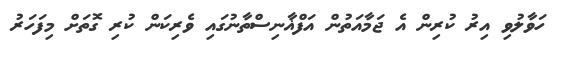
ހަވާލުވި އިރު ކުރިން އެ ޖަމާއަތުން އަފްޣާނިސްތާނުގައި ވެރިކަން ކުރި ގޮތަށް މިފަހަރު